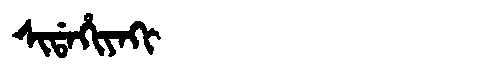
Manchu: ᠰᡳᡩᠠᡥᡳᠶᠠᡴᡳ
Romanization: SIDAHIYAKI